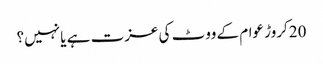
20کروڑ عوام کے ووٹ کی عزت ہے یا نہیں؟